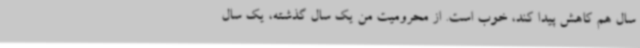
سال هم کاهش پیدا کند، خوب است. از محرومیت من یک سال گذشته، یک سال